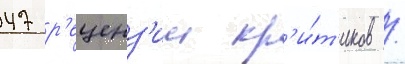
47 р'еценз'ии кр'и́т'иков /